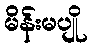
မိန်းမပျို